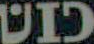
DID